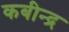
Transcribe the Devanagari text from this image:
कबीन्द्र